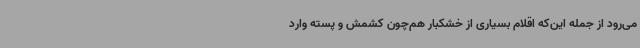
می‌رود از جمله این‌که اقلام بسیاری از خشکبار هم‌چون کشمش و پسته وارد